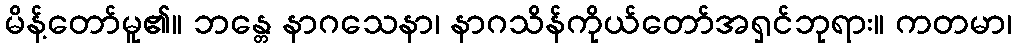
မိန့်တော်မူ၏။ ဘန္တေ နာဂသေနာ၊ နာဂသိန်ကိုယ်တော်အရှင်ဘုရား။ ကတမာ၊